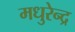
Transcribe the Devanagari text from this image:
मधुरेन्द्र